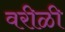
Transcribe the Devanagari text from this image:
वरीळी